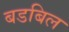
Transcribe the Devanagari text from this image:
बडबिल